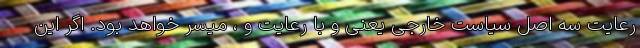
رعایت سه اصل سیاست خارجی یعنی و با رعایت و ، میسر خواهد بود. اگر این